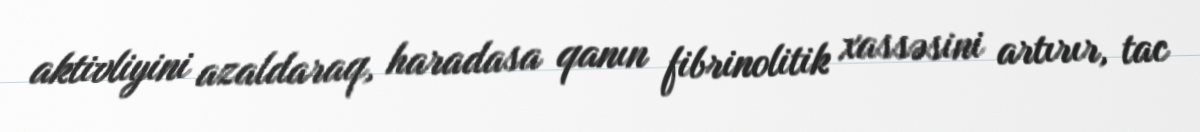
aktivliyini azaldaraq, haradasa qanın fibrinolitik xassəsini artırır, tac